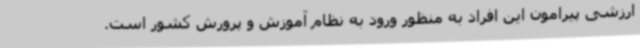
ارزشی پیرامون این افراد به منظور ورود به نظام آموزش و پرورش کشور است.